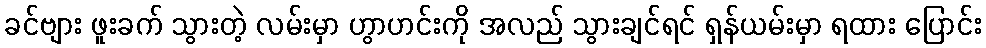
ခင်ဗျား ဖူးခက် သွားတဲ့ လမ်းမှာ ဟွာဟင်းကို အလည် သွားချင်ရင် ရှန်ယမ်းမှာ ရထား ပြောင်း